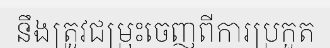
នឹងត្រូវជម្រុះចេញពីការប្រកួត